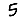
Digit: 5